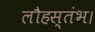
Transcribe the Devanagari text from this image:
लौहस्तंभ।